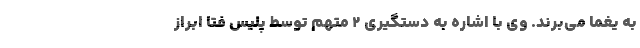
به یغما می‌برند. وی با اشاره به دستگیری 2 متهم توسط پلیس فتا ابراز